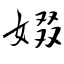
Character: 娺